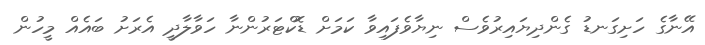
އޭނާގެ ހަށިގަނޑު ގެންދިޔައިރުވެސް ނިޔާވެފައިވާ ކަމަށް ޑޮކްޓަރުންނާ ހަވާލާދީ އެރަށު ބައެއް މީހުން